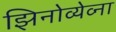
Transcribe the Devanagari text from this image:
झिनोव्येव्ना